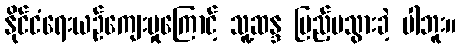
နိုင်ငံရေးယဉ်ကျေးမှုကြောင့် သူ့ဆန္ဒ ပြည့်မသွားခဲ့ ပါဘူး။